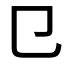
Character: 㔾